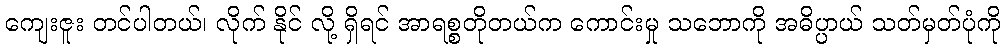
ကျေးဇူး တင်ပါတယ်၊ လိုက် နိုင် လို့ ရှိရင် အာရစ္စတိုတယ်က ကောင်းမှု သဘောကို အဓိပ္ပာယ် သတ်မှတ်ပုံကို